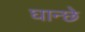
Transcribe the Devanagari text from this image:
घान्छे